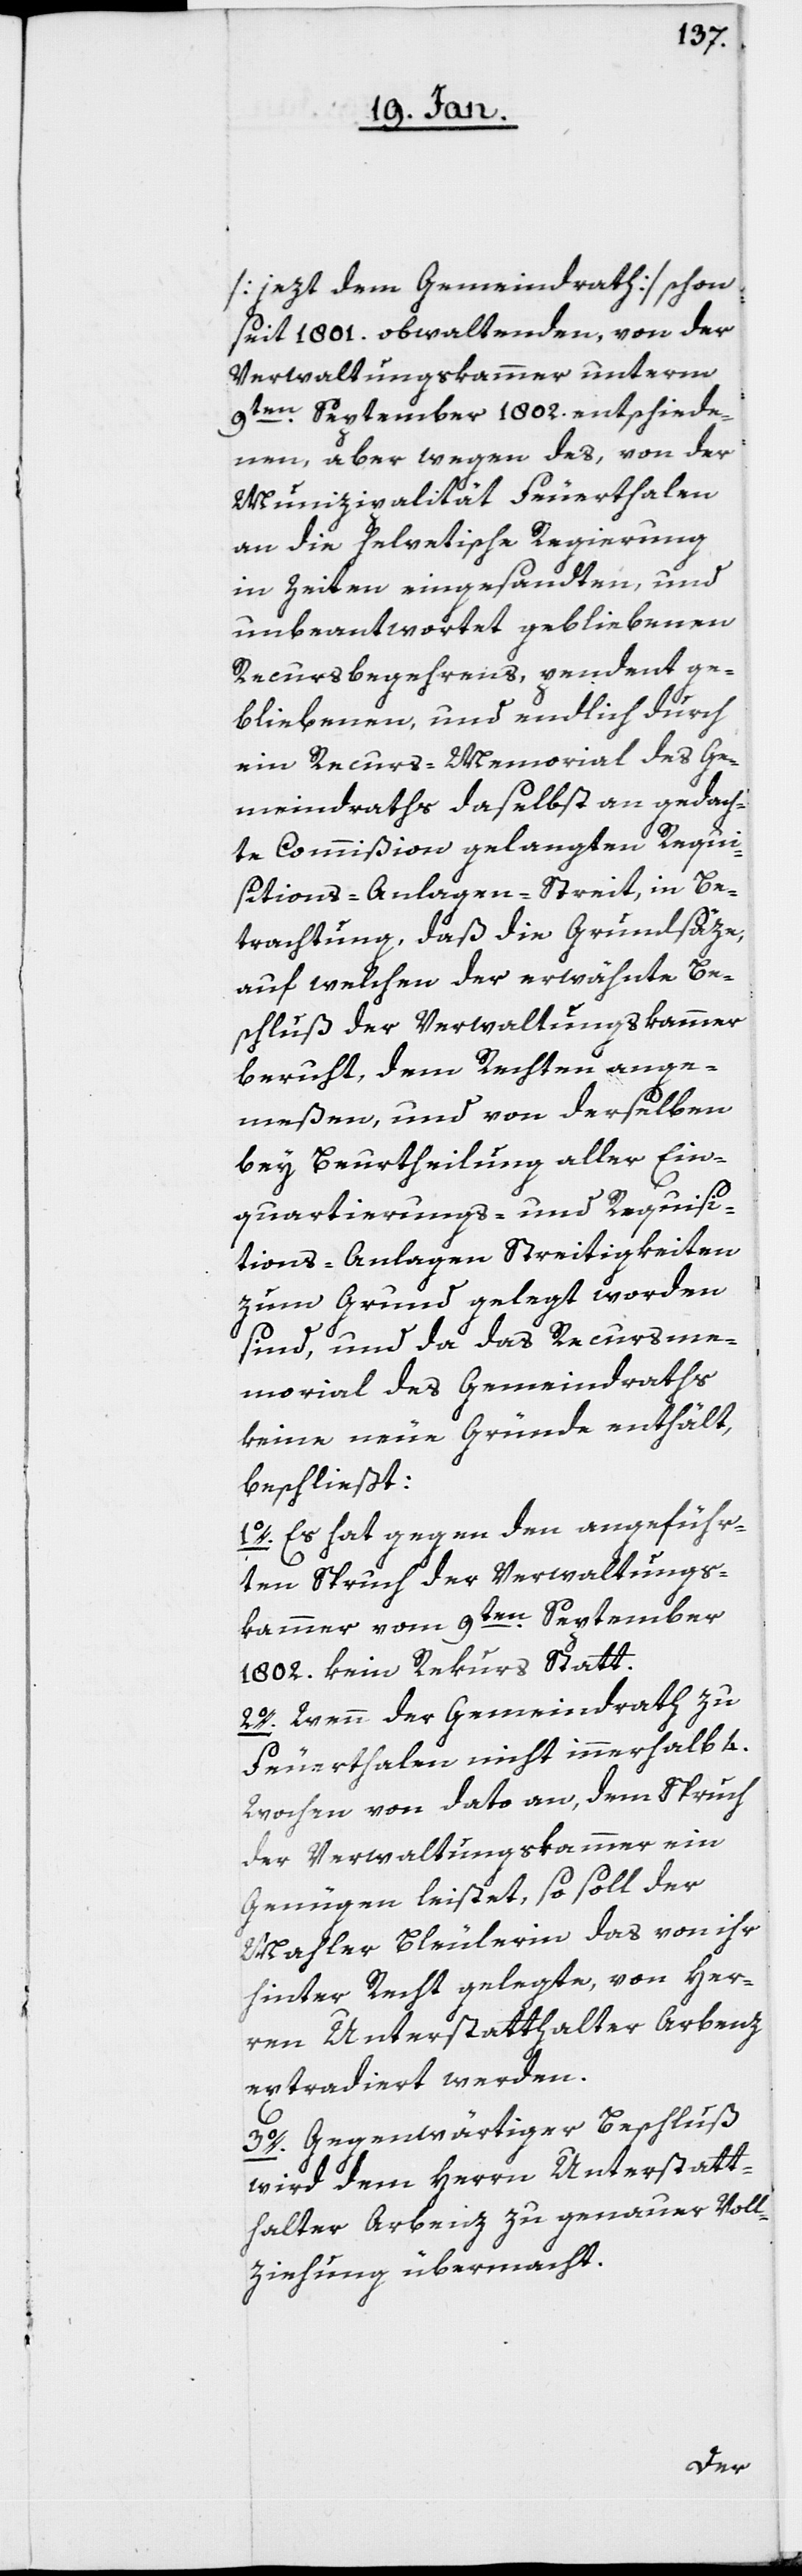
[jezt dem Gemeindrath] schon
seit 1801. obwaltenden, von der
Verwaltungskammer unterm
9ten. September 1802. entschiede¬
nen, aber wegen des, von der
Munizipalität Feuerthalen
an die helvetische Regierung
in Zeiten eingesandten, und
unbeantwortet gebliebenen
Recursbegehrens, pendent ge¬
bliebenen und endlich durch
ein Recurs-Memorial des Ge¬
meindraths daselbst an gedach¬
te Commißion gelangten Requi¬
sitions-Anlagen-Streit, in Be¬
trachtung, daß die Grundsäze,
auf welchen der erwähnte Be¬
schluß der Verwaltungskammer
beruht, dem Rechten ange¬
meßen, und von derselben
bey Beurtheilung aller Ein¬
quartierungs- und Requisi¬
tions-Anlagen Streitigkeiten
zum Grund gelegt worden
sind, und da das Recursme¬
morial des Gemeindraths
keine neue Gründe enthält,
beschließt:
1o. Es hat gegen den angeführ¬
ten Spruch der Verwaltungs¬
kammer vom 9ten. September
1802. kein Rekurs Statt.
2o. Wenn der Gemeindrath zu
Feuerthalen nicht innerhalb 4.
Wochen von dato an, dem Spruch
der Verwaltungskammer ein
Genügen leistet, so soll der
Mahler Bleulerin das von ihr
hinter Recht gelegte, von Her¬
ren Unterstatthalter Arbenz
extradiert werden.
3o. Gegenwärtiger Beschluß
wird dem Herrn Unterstatt¬
halter Arbenz zu genauer Voll¬
ziehung übermacht.